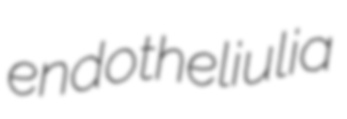
endotheliulia